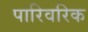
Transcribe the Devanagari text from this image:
पारिवरिक